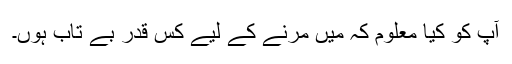
آپ کو کیا معلوم کہ میں مرنے کے لیے کس قدر بے تاب ہوں۔